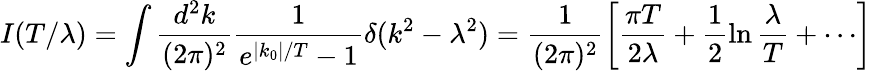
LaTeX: I(T/\lambda)=\int\frac{d^{2}k}{(2\pi)^{2}}\frac{1}{e^{|k_{0}|/T}-1}\delta(k^{2}-\lambda^{2})=\frac{1}{(2\pi)^{2}}\left[\frac{\pi T}{2\lambda}+\frac{1}{2}\ln\frac{\lambda}{T}+\cdots\right]